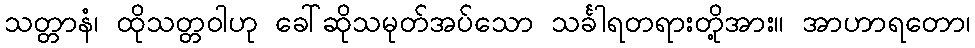
သတ္တာနံ၊ ထိုသတ္တဝါဟု ခေါ်ဆိုသမုတ်အပ်သော သင်္ခါရတရားတို့အား။ အာဟာရတော၊